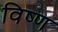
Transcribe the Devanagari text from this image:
विष्ण